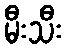
မီးသီး